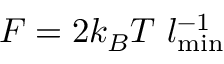
F = 2 k _ { B } T ~ l _ { \mathrm { m i n } } ^ { - 1 }